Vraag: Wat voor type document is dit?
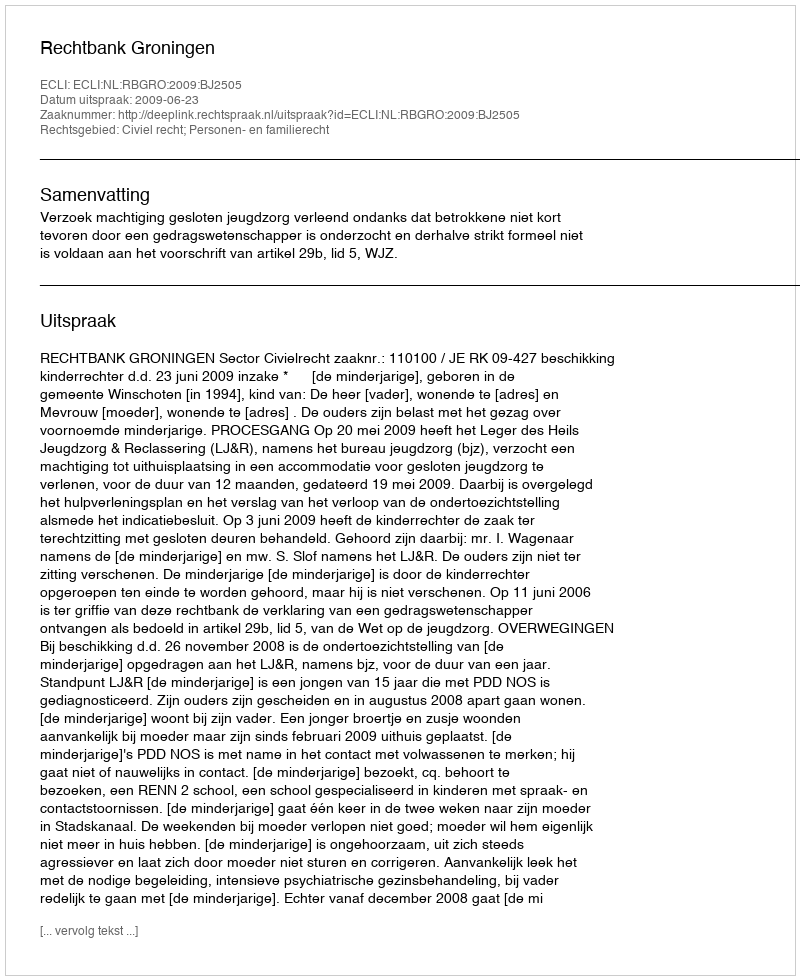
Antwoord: Uitspraak